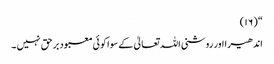
“ (١٦)
اندھیرا اور روشنی اللہ تعالیٰ کے سوا کوئی معبود بر حق نہیں ۔